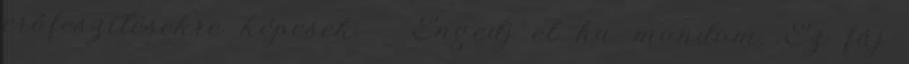
erőfeszítésekre képesek. - Engedj el ha mondom. Ez fáj